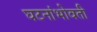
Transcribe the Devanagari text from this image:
घटनांभोवती